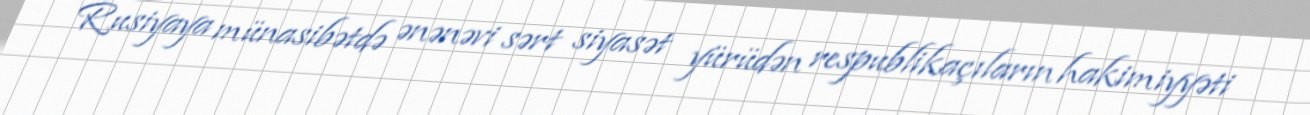
Rusiyaya münasibətdə ənənəvi sərt siyasət yürüdən respublikaçıların hakimiyyəti